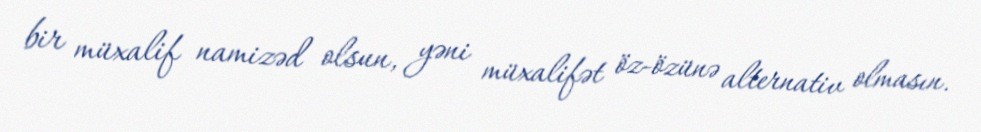
bir müxalif namizəd olsun, yəni müxalifət öz-özünə alternativ olmasın.